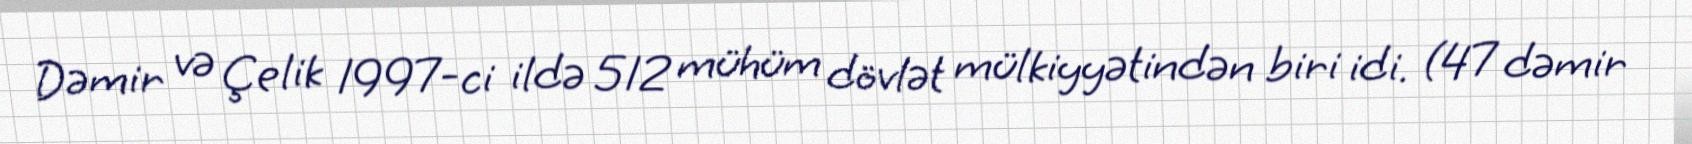
Dəmir və Çelik 1997-ci ildə 512 mühüm dövlət mülkiyyətindən biri idi. (47 dəmir